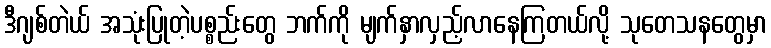
ဒီဂျစ်တဲယ် အသုံးပြုတဲ့ပစ္စည်းတွေ ဘက်ကို မျက်နှာလှည့်လာနေကြတယ်လို့ သုတေသနတွေမှာ